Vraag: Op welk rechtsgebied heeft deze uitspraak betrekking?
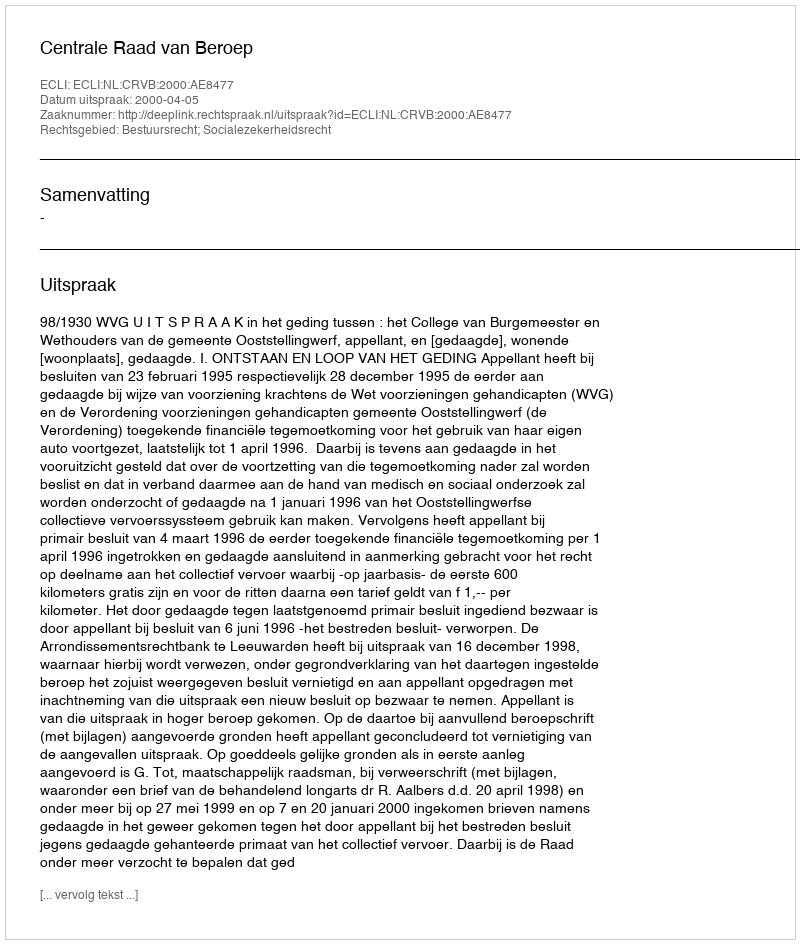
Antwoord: Bestuursrecht; Socialezekerheidsrecht